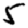
Digit: 5